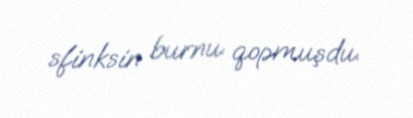
sfinksin burnu qopmuşdu.